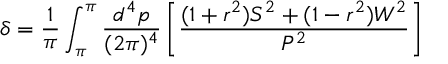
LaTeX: \delta = \frac { 1 } { \pi } \int _ { \pi } ^ { \pi } \frac { d ^ { 4 } p } { ( 2 \pi ) ^ { 4 } } \left[ \frac { ( 1 + r ^ { 2 } ) S ^ { 2 } + ( 1 - r ^ { 2 } ) W ^ { 2 } } { P ^ { 2 } } \right]